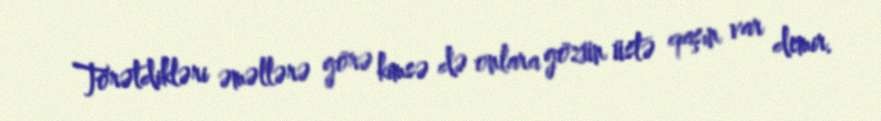
Törətdikləri əməllərə görə kimsə də onlara gözün üstə qaşın var demir.